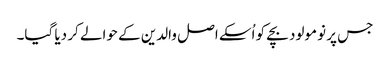
جس پر نومولود بچے کو اُسکے اصل والدین کے حوالے کر دیا گیا۔